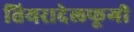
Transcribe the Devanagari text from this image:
तियरादेलफूगी